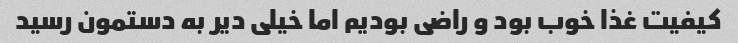
کیفیت غذا خوب بود و راضی بودیم اما خیلی دیر به دستمون رسید